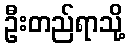
ဦးတည်ရာသို့